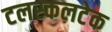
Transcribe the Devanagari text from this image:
टलस्कलटेक